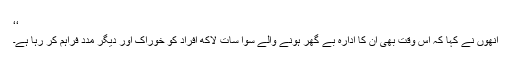
‘‘
اُنھوں نے کہا کہ اس وقت بھی اُن کا ادارہ بے گھر ہونے والے سوا سات لاکھ افراد کو خوراک اور دیگر مدد فراہم کر رہا ہے۔